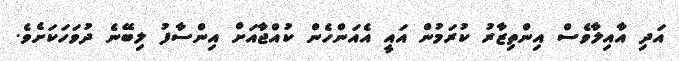
އަދި އާއިލާވެސް އިންތިޒާރު ކުރަމުން އައީ އެއަންހެން ކުއްޖާއަށް އިންސާފު ލިބޭނެ ދުވަހަކަށެވެ.